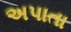
અપાતા